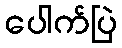
ပေါက်ပြဲ